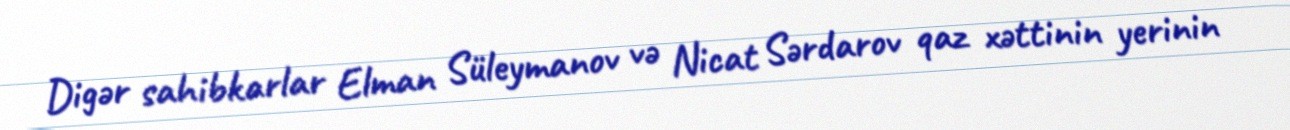
Digər sahibkarlar Elman Süleymanov və Nicat Sərdarov qaz xəttinin yerinin